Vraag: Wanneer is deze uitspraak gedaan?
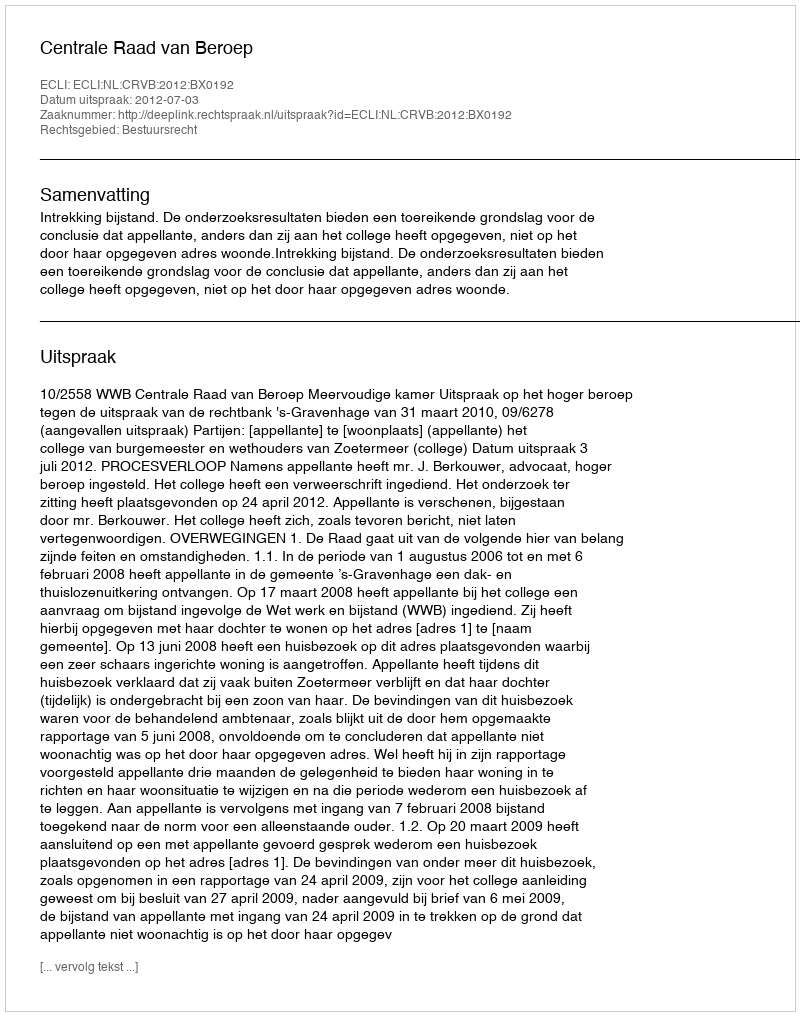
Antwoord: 2012-07-03